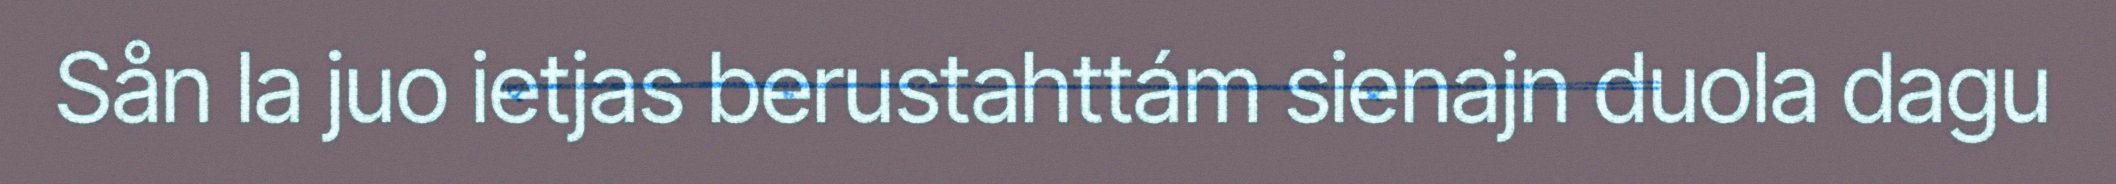
Sån la juo ietjas berustahttám sienajn duola dagu